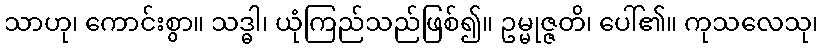
သာဟု၊ ကောင်းစွာ။ သဒ္ဓါ၊ ယုံကြည်သည်ဖြစ်၍။ ဥမ္မုဇ္ဇတိ၊ ပေါ်၏။ ကုသလေသု၊